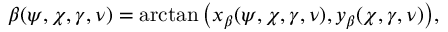
\beta ( \psi , \chi , \gamma , \nu ) = \arctan \big ( x _ { \beta } ( \psi , \chi , \gamma , \nu ) , y _ { \beta } ( \chi , \gamma , \nu ) \big ) ,